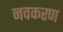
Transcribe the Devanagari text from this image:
नवकरण